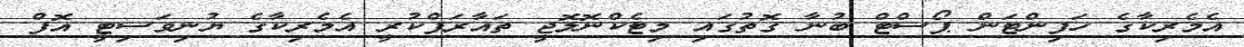
އެމެރިކާގެ ހަފިންޓަން ޕޯސްޓް ބުނާ ގޮތުގައި މިޓެކްނޮލޮޖީ ތައާރަފްކުރީ އެމެރިކާގެ ޔުނިވަސިޓީ އޮފް